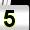
Digit: 5